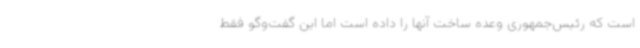
است که رئیس‌جمهوری وعده ساخت آنها را داده است اما این گفت‌وگو فقط